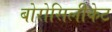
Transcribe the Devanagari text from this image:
बोरोसिलीकेट